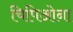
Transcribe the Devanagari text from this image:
चिपिओना